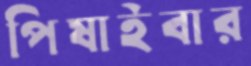
পিষাইবার